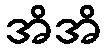
အိအိ